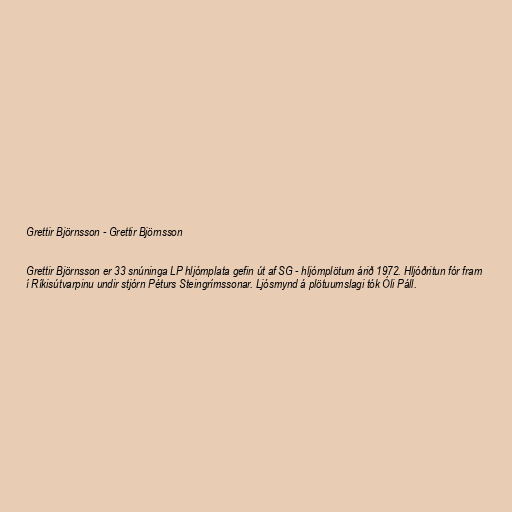
Grettir Björnsson - Grettir Björnsson

Grettir Björnsson er 33 snúninga LP hljómplata gefin út af SG - hljómplötum árið 1972. Hljóðritun fór fram
í Ríkisútvarpinu undir stjórn Péturs Steingrímssonar. Ljósmynd á plötuumslagi tók Óli Páll.